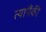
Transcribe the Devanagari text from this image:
त्यापैंकी